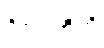
ဝိညူဟီတိ